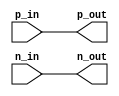
module differential_buffer (
    input  wire  p_in,
    input  wire  n_in,
    output wire  p_out,
    output wire  n_out
);

assign p_out = p_in;
assign n_out = n_in;

endmodule